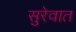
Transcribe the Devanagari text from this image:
सुरेवात